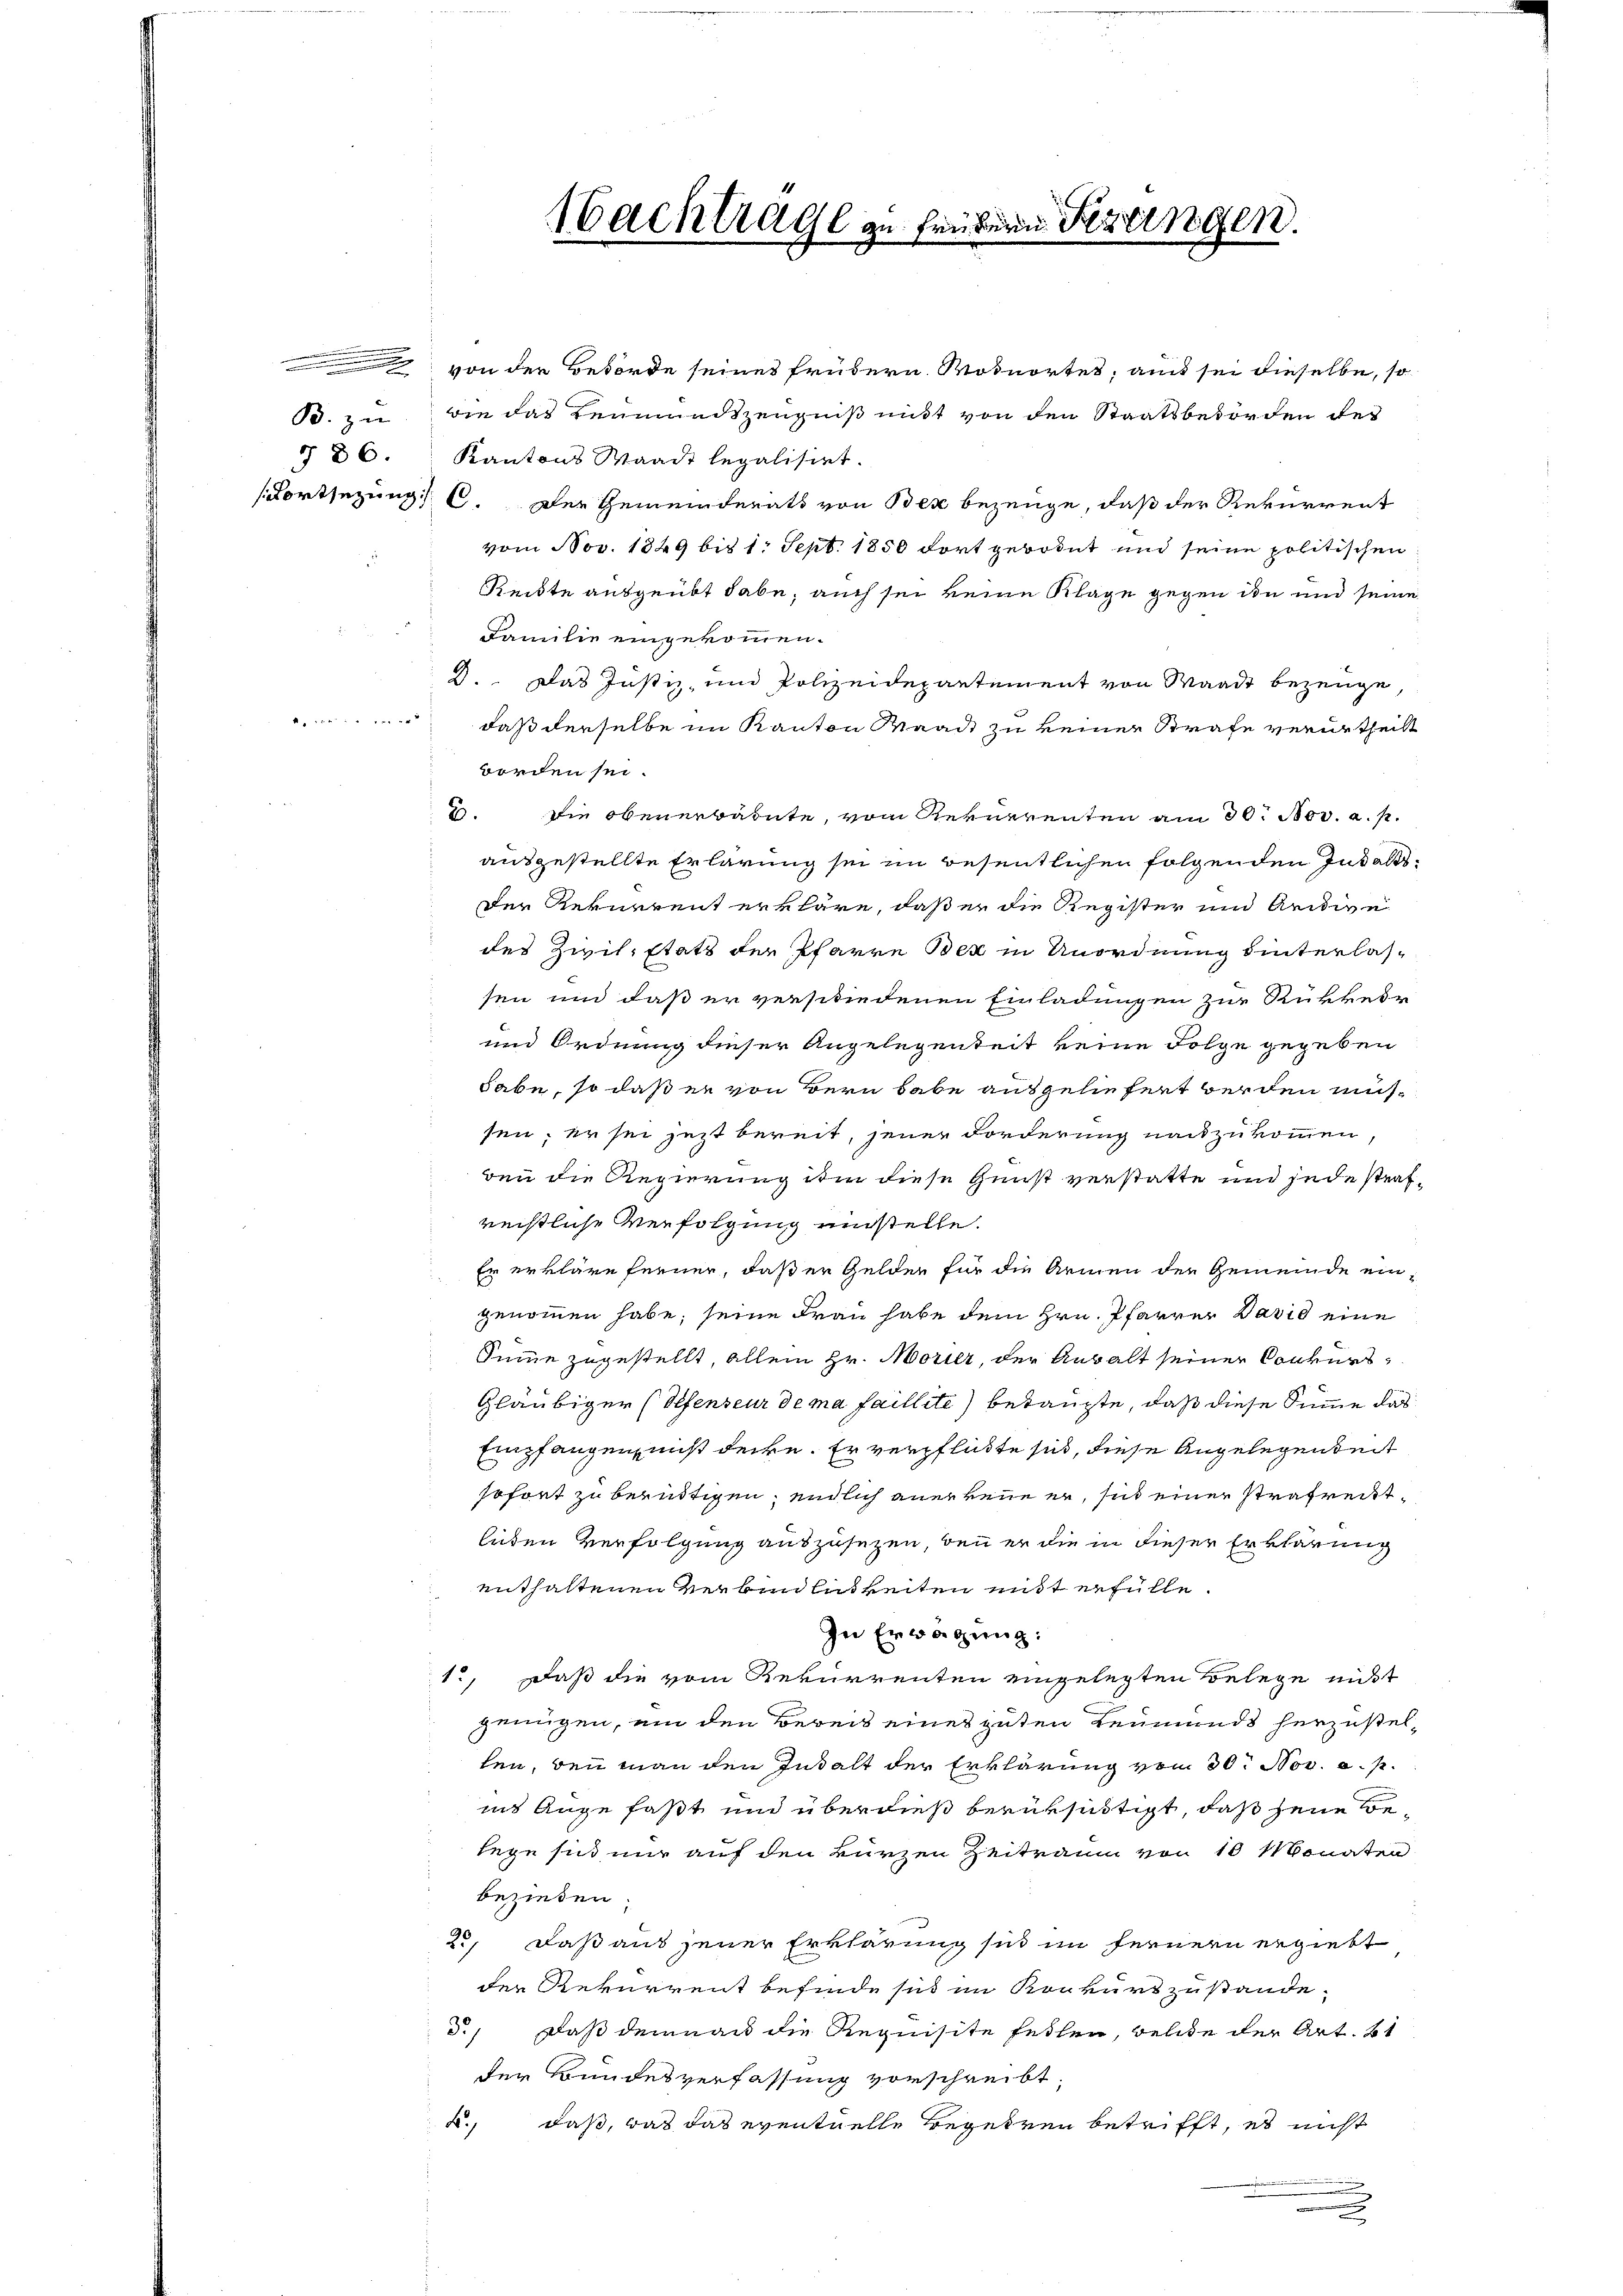
e
B. zu
§ 86.

von der Behörde seines frühern Wohnortes, aut sei dieselbe, so
wie das Leumundszeugniß mit von den Staatsbeworden des
Kantons Waadt legalisiert.
(Fortsezung C. Der Gemeinderats von Bex bezeuge, daß der Rekurrent
vom Nov. 1849 bis 1. Sept. 1850 fort gerodet und seine politischen
Reidte ausgeübt habe; auch sei keine Klage gegen den und seine
Familie eingekommen.
D. Das Justiz- und Polizeidepartement von Waadt bezeuge,
 daß derselbe im Kanton Waadt zu keiner Strafe verurtheilt
worden sei.
3. Die obenerbaute, vom Rekurrenten am 30. Nov. a. p.
ausgestellte Erlärung sei im Besentlichen folgenden Inhalts¬
Der Revuerent erkläre, daß er die Register und Aridive
des Zivil. Etats der Pfarre Bex in Unordnung hinterlassen und daß er verschiedenen Einladungen zur Rükkeir
und Ordnung dieser Angelegenheit keine Folge gegeben
habe, so daß er von Bern habe ausgeliefert werden müssen; er sei jetzt bereit, jener Forderung nachzukommen
ben die Regierung ihm diese Gunst verstatte und jede strafreistliche Verfolgung umstelle.
Er erkläre ferner, daß er Gelder für die Armen der Gemeinde eingenommen habe; seine Frau habe dem Hrn. Pfarrer David eine
Summe zugestellt, allein Hr. Morier, der Anwalt seiner Conkurs
Gläubiger (Plfenseur de ma faillite) betaufte, daß diese Summe das
Empfangen, nicht decke. Er verpflickte sich, diese Angelegenheit
sofort zu beruhtigen, endlich anerkenne er, sich einer strafrechtleiten Verfolgung auszusetzen, bei er die in dieser Erklärung
enthaltenen Verbindlichkeiten mit erfülle.
In Erwägung:
1., Daß die vom Rekurrenten eingelegten Belege nicht
genügen, um den Bereis eines guten Leumunds herzustellen, den man den Instalt der Erklärung vom 30. Nov. a. p.
ins Auge faßt und überdieß berüksichtigt, daß jene Belege sich nur auf den kurzen Zeitraum von 10 Monaten
beziehen.
2., daß aus jener Erklärung sich im fernern ergiebt
der Rekurrent befinde sie im Konkurs zustande.
3., daß demnan die Requisite festen, welche der Art. 61
der Bundesverfassung vorschreibt.
k., daß, was das eventuelle Begehren betrifft, es nicht
.

Nachtrage zu frühern Fertingen.